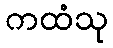
ကထံသု